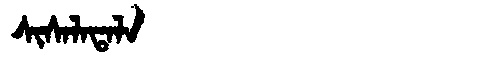
Manchu: ᠰᡳᠰᠠᠯᠠᡨᠠᠯᠠ
Romanization: SISALATALA